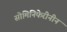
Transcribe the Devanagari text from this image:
सोमिनिफेरीनीन